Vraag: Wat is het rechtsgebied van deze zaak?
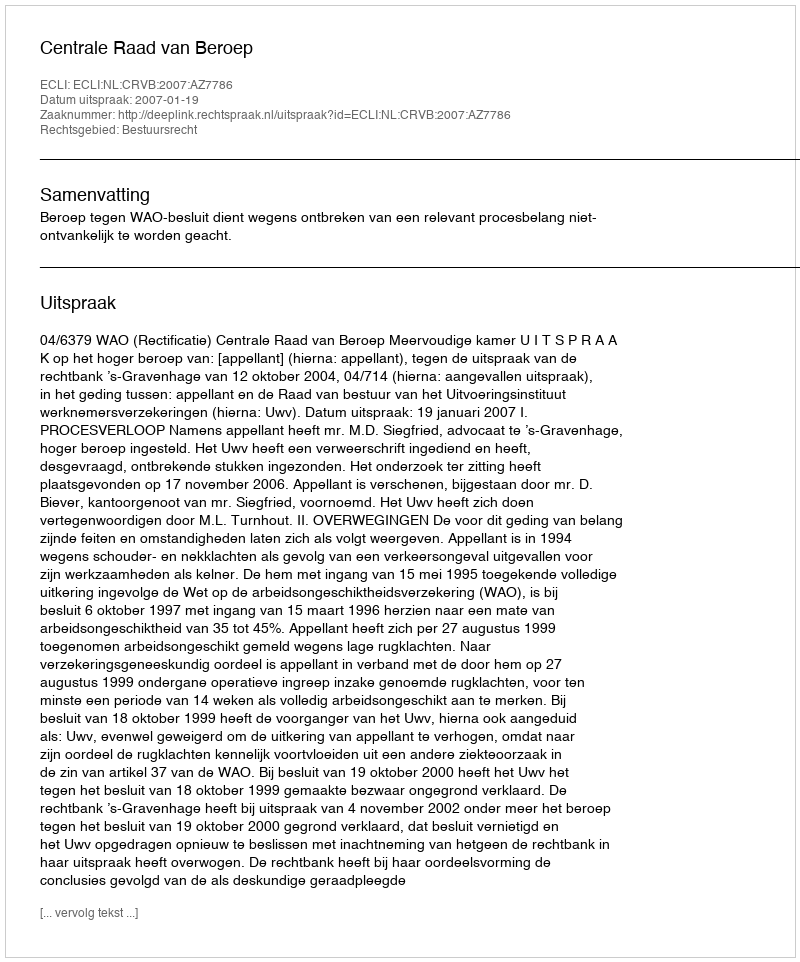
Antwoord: Bestuursrecht